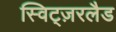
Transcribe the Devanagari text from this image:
स्विट्ज़रलैड